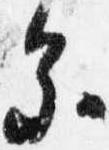
参